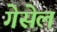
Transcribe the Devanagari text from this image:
गेसेल